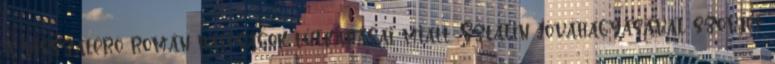
a visszatérõ román hatóságok túlkapásai miatt, Sztálin jóváhagyásával szovjet